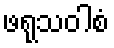
ဖရုသဝါစံ